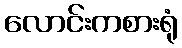
လောင်းကစားရုံ